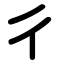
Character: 彳